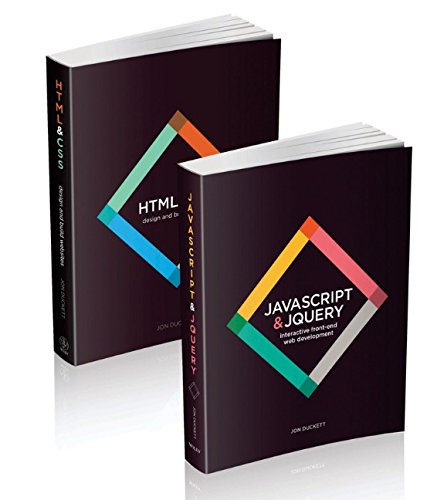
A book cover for Web Design with HTML, CSS, JavaScript and jQuery Set; Jon Duckett; Computers & Technology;